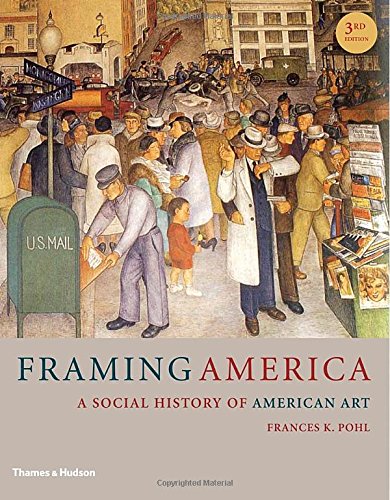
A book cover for Framing America: A Social History of American Art (Third Edition); Frances K. Pohl; Arts & Photography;